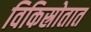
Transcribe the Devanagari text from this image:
विकिस्रोतात